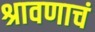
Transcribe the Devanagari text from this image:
श्रावणाचं